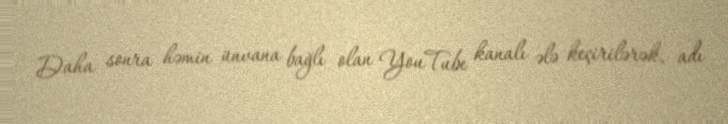
Daha sonra həmin ünvana bağlı olan YouTube kanalı ələ keçirilərək, adı